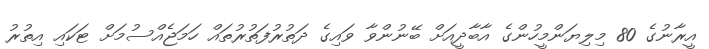
އީރާނުގެ 80 މިލިޔަންމީހުންގެ އާބާދީއަށް ބޭނުންވާ ވައިގެ ދަތުރުފަތުރުތައް ހަމަޖެއްސުމަށް ޓަކައި އިތުރު